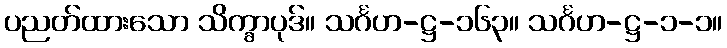
ပညတ်ထားသော သိက္ခာပုဒ်။ သင်္ဂဟ-ဋ္ဌ-၁၆၃။ သင်္ဂဟ-ဋ္ဌ-၁-၁။